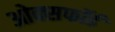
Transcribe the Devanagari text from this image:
ओक्सफॉर्ड